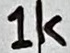
Text: 1k